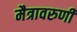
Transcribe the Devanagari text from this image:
मैत्रावरुणी